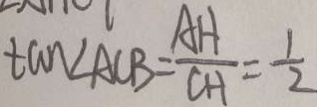
\tan \angle A C B = \frac { A H } { C H } = \frac { 1 } { 2 }